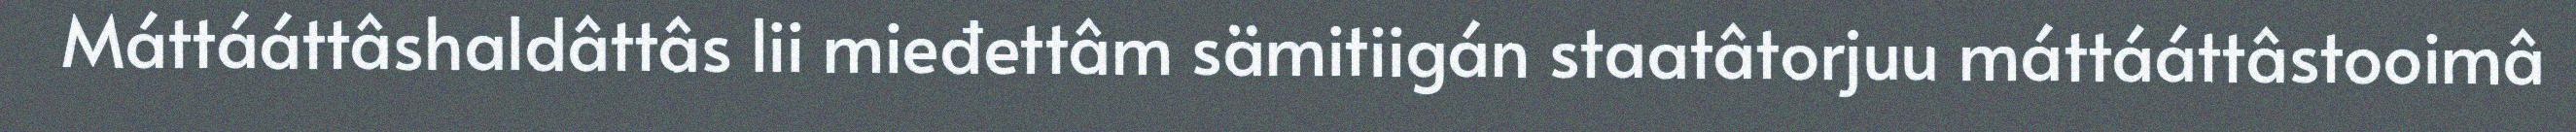
Máttááttâshaldâttâs lii mieđettâm sämitiigán staatâtorjuu máttááttâstooimâ